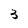
Character: 3